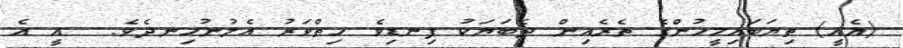
(އެއީ) ތިޔަބައިމީހުންގެ ތެރެއިން ދެބަޔަކު ފިނޑިވެ ހިތްވަރު އެލުނުހިނދެވެ.  އީ އެ